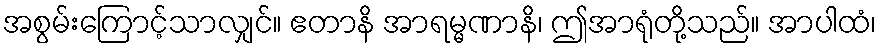
အစွမ်းကြောင့်သာလျှင်။ ဧတာနိ အာရမ္မဏာနိ၊ ဤအာရုံတို့သည်။ အာပါထံ၊